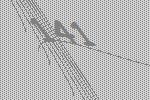
141